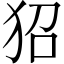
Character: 㹦